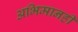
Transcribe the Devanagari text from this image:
अभिमानही